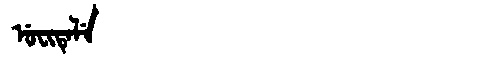
Manchu: ᡠᠸᡳᡨᡝᠯᡝ
Romanization: UFITELE